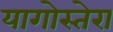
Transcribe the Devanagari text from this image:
यागोस्तेरा